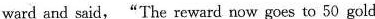
ward and said, "The reward now goes to 50 gold